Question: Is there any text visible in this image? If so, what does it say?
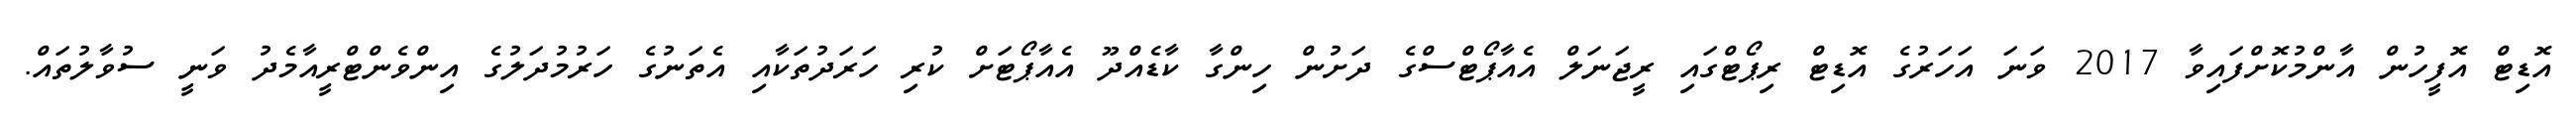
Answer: އޮޑިޓް އޮފީހުން އާންމުކޮށްފައިވާ 2017 ވަނަ އަހަރުގެ އޮޑިޓް ރިޕޯޓްގައި ރީޖަނަލް އެއާޕޯޓްސްގެ ދަށުން ހިންގާ ކާޑެއްދޫ އެއާޕޯޓަށް ކުރި ހަރަދުތަކާއި އެތަނުގެ ހަރުމުދަލުގެ އިންވެންޓްރީއާމެދު ވަނީ ސުވާލުތައް.